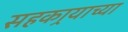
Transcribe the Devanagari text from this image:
सहकार्‍याच्या